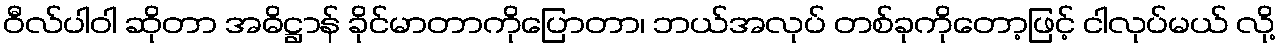
ဝီလ်ပါဝါ ဆိုတာ အဓိဋ္ဌာန် ခိုင်မာတာကိုပြောတာ၊ ဘယ်အလုပ် တစ်ခုကိုတော့ဖြင့် ငါလုပ်မယ် လို့